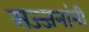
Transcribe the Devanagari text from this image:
सज्जनांनी